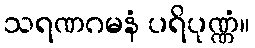
သရဏဂမနံ ပရိပုဏ္ဏံ။